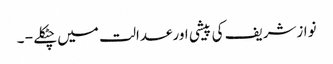
نوازشریف کی پیشی اورعدالت میں چٹکلے - ۔